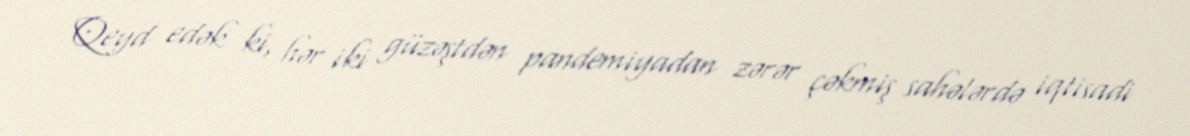
Qeyd edək ki, hər iki güzəştdən pandemiyadan zərər çəkmiş sahələrdə iqtisadi